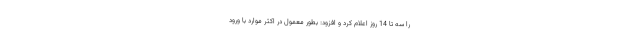
را سه تا 14 روز اعلام کرد و افزود: بطور معمول در اکثر موارد با ورود